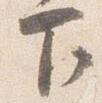
下